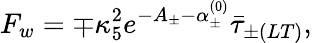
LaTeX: F_{w}=\mp\kappa_{5}^{2}e^{-A_{\pm}-\alpha_{\pm}^{(0)}}\bar{\tau}_{\pm(LT)},